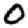
Digit: 0